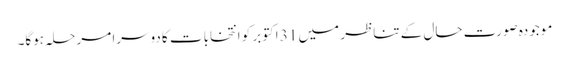
موجودہ صورت حال کے تناظر میں 31 اکتوبر کو انتخابات کا دوسرا مرحلہ ہوگا۔